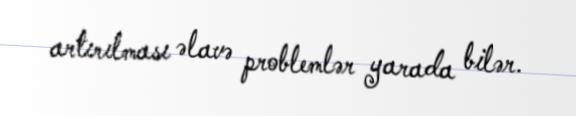
artırılması əlavə problemlər yarada bilər.